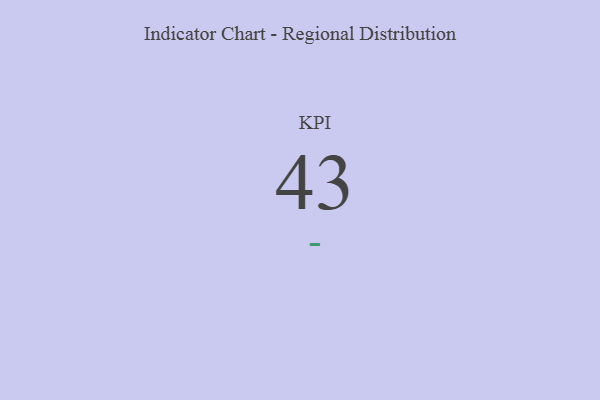
{"axis": {"x": "KPI", "y": "Value"}, "legend": [""], "data": [{"x": "KPI", "y": 43, "type": ""}]}